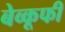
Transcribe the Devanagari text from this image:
बेव्कूफी